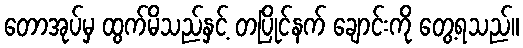
တောအုပ်မှ ထွက်မိသည်နှင့် တပြိုင်နက် ချောင်းကို တွေ့ရသည်။